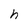
Character: h